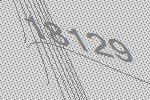
18129